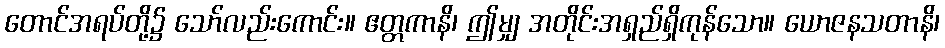
တောင်အရပ်တို့၌ သော်လည်းကောင်း။ ဧတ္တကာနိ၊ ဤမျှ အတိုင်းအရှည်ရှိကုန်သော။ ယောဇနသတာနိ၊